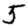
Digit: 5